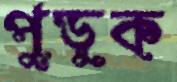
পুড়ুক